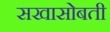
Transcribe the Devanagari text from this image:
सखासोबती